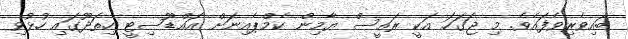
ބައިވެރިވެފައެވެ. މި ޖަގަހަ އަކީ ރައީސް ޔާމިން ކެމްޕެއިނަށް އައްޑޫސިޓީ ހިތަދޫގައި ހުޅުވި